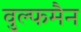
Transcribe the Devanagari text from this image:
वुल्फमैन